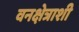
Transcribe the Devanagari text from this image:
वनक्षेत्राशी